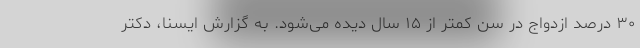
۳۰ درصد ازدواج در سن کمتر از ۱۵ سال دیده می‌شود. به گزارش ایسنا، دکتر